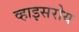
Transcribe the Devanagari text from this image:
व्हाइसरोय